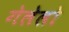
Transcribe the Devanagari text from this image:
गेलेलो